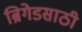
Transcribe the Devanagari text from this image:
ब्रिगेडसाठी